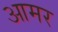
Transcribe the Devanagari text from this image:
आमर